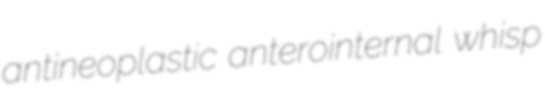
antineoplastic anterointernal whisp